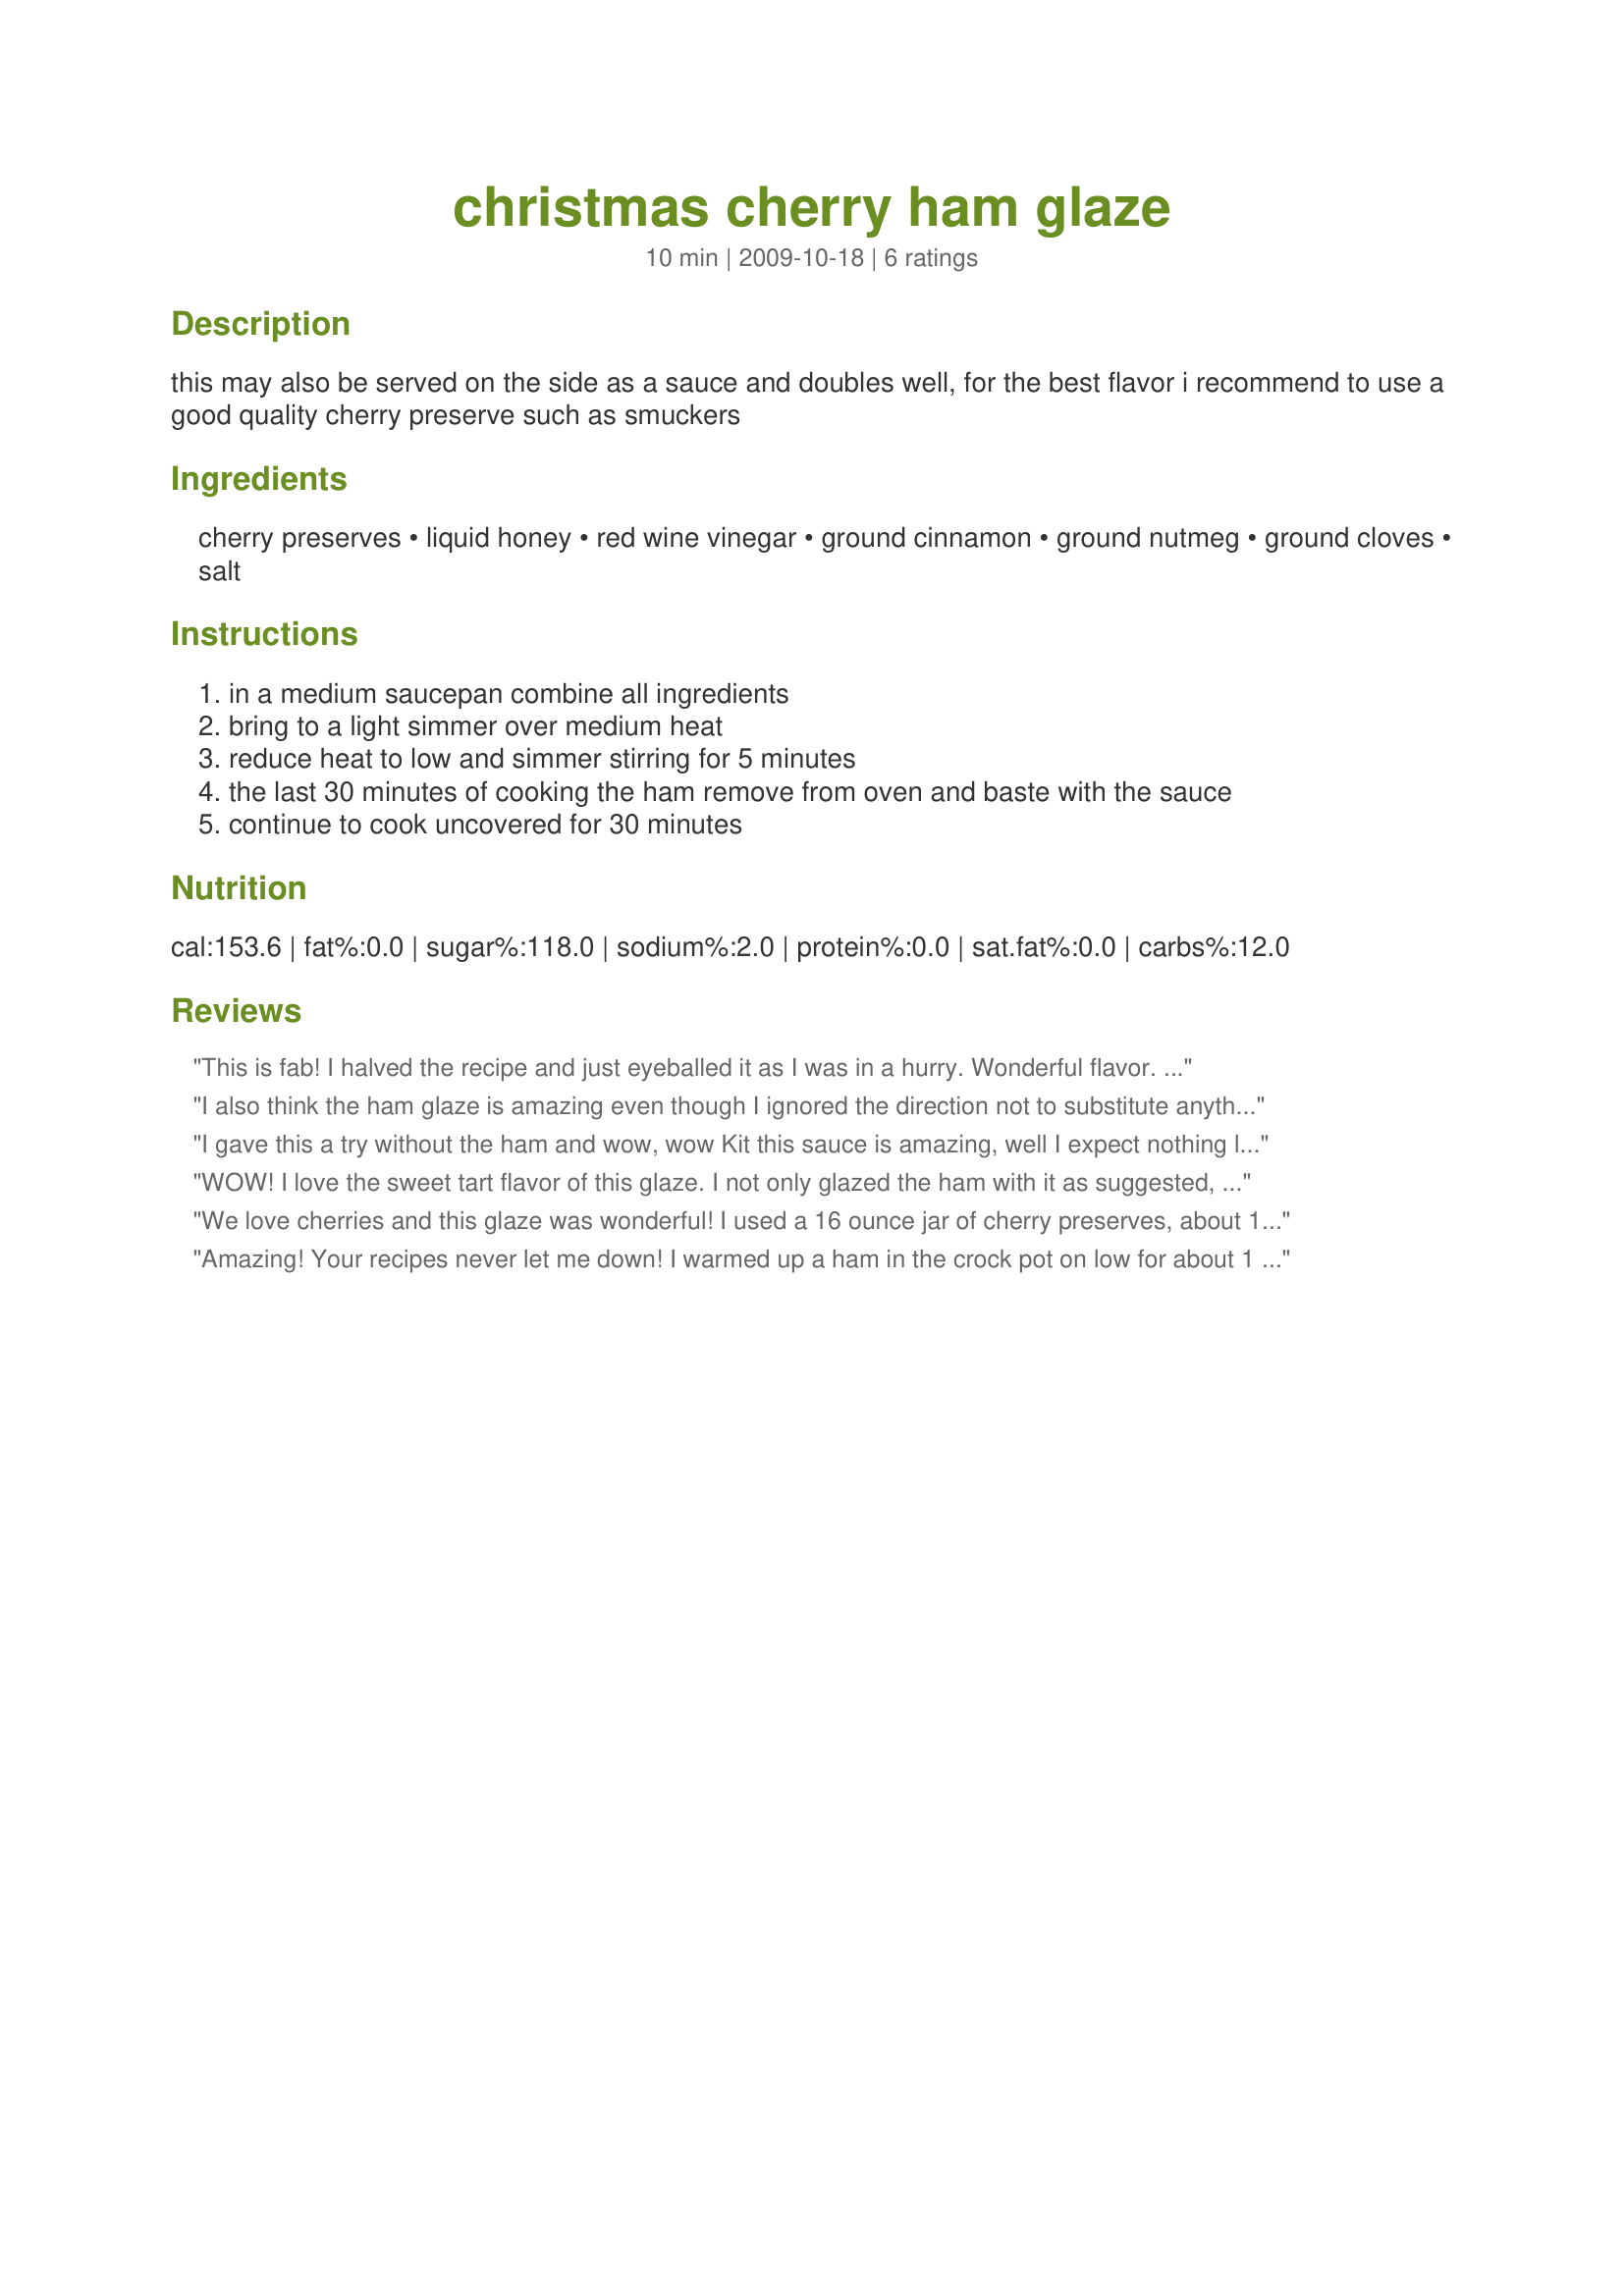
christmas cherry ham glaze
Preparation time: 10 minutes

this may also be served on the side as a sauce and doubles well, for the best flavor i recommend to use a good quality cherry preserve such as smuckers

Ingredients:
cherry preserves, liquid honey, red wine vinegar, ground cinnamon, ground nutmeg, ground cloves, salt

Steps:
in a medium saucepan combine all ingredients, bring to a light simmer over medium heat, reduce heat to low and simmer stirring for 5 minutes, the last 30 minutes of cooking the ham remove from oven and baste with the sauce, continue to cook uncovered for 30 minutes

Reviews:
This is fab! I halved the recipe and just eyeballed it as I was in a hurry. Wonderful flavor. DS loved it so much, he requested it for part of his birthday dinner. Thanks Kittenkal!
I also think the ham glaze is amazing even though I ignored the direction not to substitute anything for the red wine vinegar. Instead I used white wine vinegar since that's the only thing I had. Also, instead of basting on a ham, I grilled a hamsteak on the grill and basted it with the sauce and then added more sauce when I served it. Made for New Kids on the Block 2009.
I gave this a try without the ham and wow, wow Kit this sauce is amazing, well I expect nothing less from a Kitten recipe, thank you very much this is fantastic
WOW! I love the sweet tart flavor of this glaze. I not only glazed the ham with it as suggested, but I also reserved some and placed it in a gravy boat for slathering on each slice of ham at the table. Beautiful color too.
I too used white wine vinegar as I already had it in my pantry.
We love cherries and this glaze was wonderful! I used a 16 ounce jar of cherry preserves, about 1/2 cup of red wine vinegar, and allspice that I eyeballed when sprinkling. Enjoyed the sweet and tart flavors and wish I would have made more to serve along side the sliced ham on our plates. Another favorite for us Kitten! Made and reviewed for KK's Recipe Tag Game.
Amazing! Your recipes never let me down! I warmed up a ham in the crock pot on low for about 1 1/2 hours and basted every 15 minutes or so.
